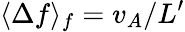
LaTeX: \langle\Delta f\rangle_{f}=v_{A}/L^{\prime}